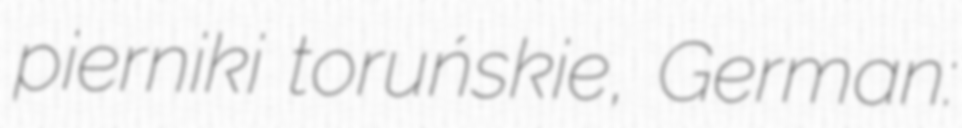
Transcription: pierniki toruńskie, German: